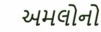
અમલોનો